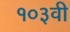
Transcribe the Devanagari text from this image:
१०३वी